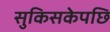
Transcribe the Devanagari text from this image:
सुकिसकेपछि